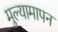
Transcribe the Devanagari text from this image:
मुल्यामापन